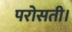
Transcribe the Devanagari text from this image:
परोसती।